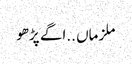
ملزماں ..اگے پڑھو